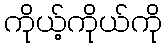
ကိုယ့်ကိုယ်ကို